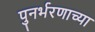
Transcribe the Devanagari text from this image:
पुनर्भरणाच्या